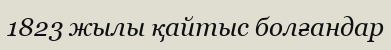
1823 жылы қайтыс болғандар